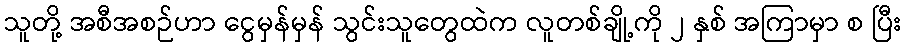
သူတို့ အစီအစဉ်ဟာ ငွေမှန်မှန် သွင်းသူတွေထဲက လူတစ်ချို့ကို ၂ နှစ် အကြာမှာ စ ပြီး